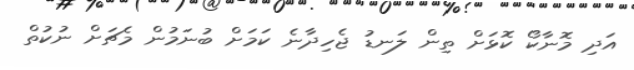
އަދި މޮނާކޯ ކޮޅަށް ތިން ލަނޑު ޖެހިދާނެ ކަމަށް ބުނަމުން މެޗަށް ނުކުތް